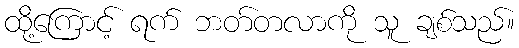
ထို့ကြောင့် ရက် ဘတ်တလာကို သူ ချစ်သည်။